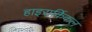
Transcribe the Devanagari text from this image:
हाइरार्किकल